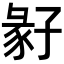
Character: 𡦁